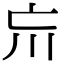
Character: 𡿫